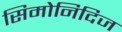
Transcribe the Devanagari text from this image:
सिमोनिदिज